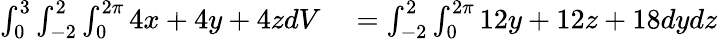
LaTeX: \begin{array}{rl}{\int_{0}^{3}\int_{-2}^{2}\int_{0}^{2\pi}4x+4y+4zdV}&{{}=\int_{-2}^{2}\int_{0}^{2\pi}12y+12z+18dydz}\end{array}